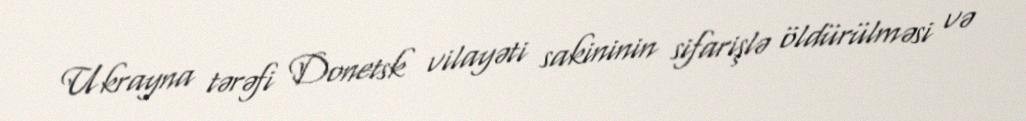
Ukrayna tərəfi Donetsk vilayəti sakininin sifarişlə öldürülməsi və